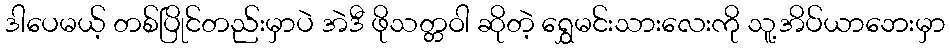
ဒါပေမယ့် တစ်ပြိုင်တည်းမှာပဲ အဲဒီ ဖိုသတ္တဝါ ဆိုတဲ့ ရွှေမင်းသားလေးကို သူ့အိပ်ယာဘေးမှာ